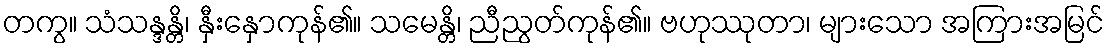
တကွ။ သံသန္ဒန္တိ၊ နှီးနှောကုန်၏။ သမေန္တိ၊ ညီညွတ်ကုန်၏။ ဗဟုဿုတာ၊ များသော အကြားအမြင်